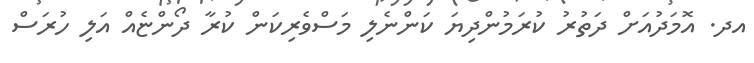
އދ. އޮމަދުއަށް ދަތުރު ކުރަމުންދިޔަ ކަންނެލި މަސްވެރިކަން ކުރާ ދޯންޏެއް އަލި ހުރަސް